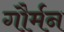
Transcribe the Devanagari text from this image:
गौर्मन